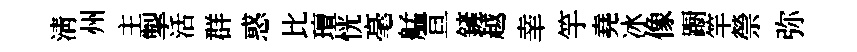
清州主掣活群惑比璮恍毫艋亘鏟越𦍒竽堯冰像蹰竿禜弥